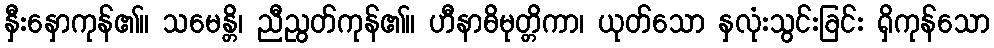
နှီးနှောကုန်၏။ သမေန္တိ၊ ညီညွတ်ကုန်၏။ ဟီနာဓိမုတ္တိကာ၊ ယုတ်သော နှလုံးသွင်းခြင်း ရှိကုန်သော